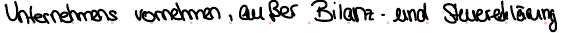
Unternehmens vornehmen, außer Bilanz - und Steuererklärung